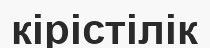
кірістілік